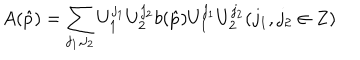
LaTeX: A ( \hat { p } ) = \sum _ { j _ { 1 } , j _ { 2 } } U _ { 1 } ^ { j _ { 1 } } U _ { 2 } ^ { j _ { 2 } } b ( \hat { p } ) U _ { 1 } ^ { j _ { 1 } } U _ { 2 } ^ { j _ { 2 } } ( j _ { 1 } , j _ { 2 } \in Z )